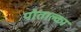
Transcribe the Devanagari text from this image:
पोताल्का